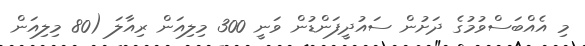
މި އެއްބަސްވުމުގެ ދަށުން ސައުދީފަންޑުން ވަނީ 300 މިލިއަން ރިއާލަ (80 މިލިއަން